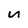
Character: n